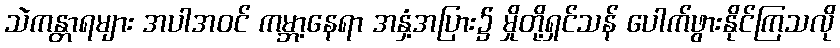
သဲကန္တာရများ အပါအဝင် ကမ္ဘာ့နေရာ အနှံ့အပြား၌ မှိုတို့ရှင်သန် ပေါက်ဖွားနိုင်ကြသလို